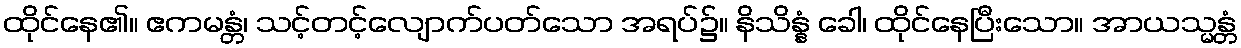
ထိုင်နေ၏။ ဧကမန္တံ၊ သင့်တင့်လျောက်ပတ်သော အရပ်၌။ နိသိန္နံ ခေါ၊ ထိုင်နေပြီးသော။ အာယသ္မန္တံ